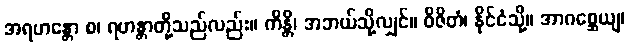
အရဟန္တော စ၊ ရဟန္တာတို့သည်လည်း။ ကိန္တိ၊ အဘယ်သို့လျှင်။ ဝိဇိတံ၊ နိုင်ငံသို့။ အာဂစ္ဆေယျ၊